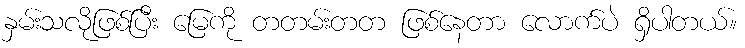
နှမ်းသလိုဖြစ်ပြီး မြေကို တတမ်းတတ ဖြစ်နေတာ လောက်ပဲ ရှိပါတယ်။